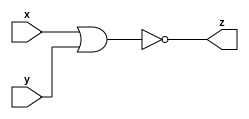
module nor_gate_32 (x, y, z);
  input [31:0] x;
  input [31:0] y;
  output [31:0] z;
  
  assign z = ~(x|y) ;

endmodule